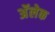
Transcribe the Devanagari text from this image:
अॅलेक